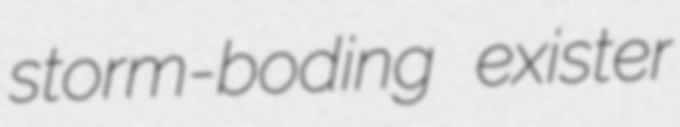
storm-boding exister